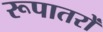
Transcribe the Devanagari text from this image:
रूपातरों